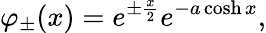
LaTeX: \varphi_{\pm}(x)=e^{\pm\frac x2}e^{-a\cosh x},